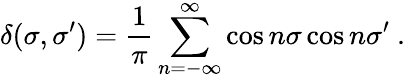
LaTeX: \delta(\sigma,\sigma^{\prime})=\frac{1}{\pi}\sum_{n=-\infty}^{\infty}\cos n\sigma\cos n\sigma^{\prime}\ .